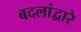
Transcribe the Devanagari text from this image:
बदलांद्वारे